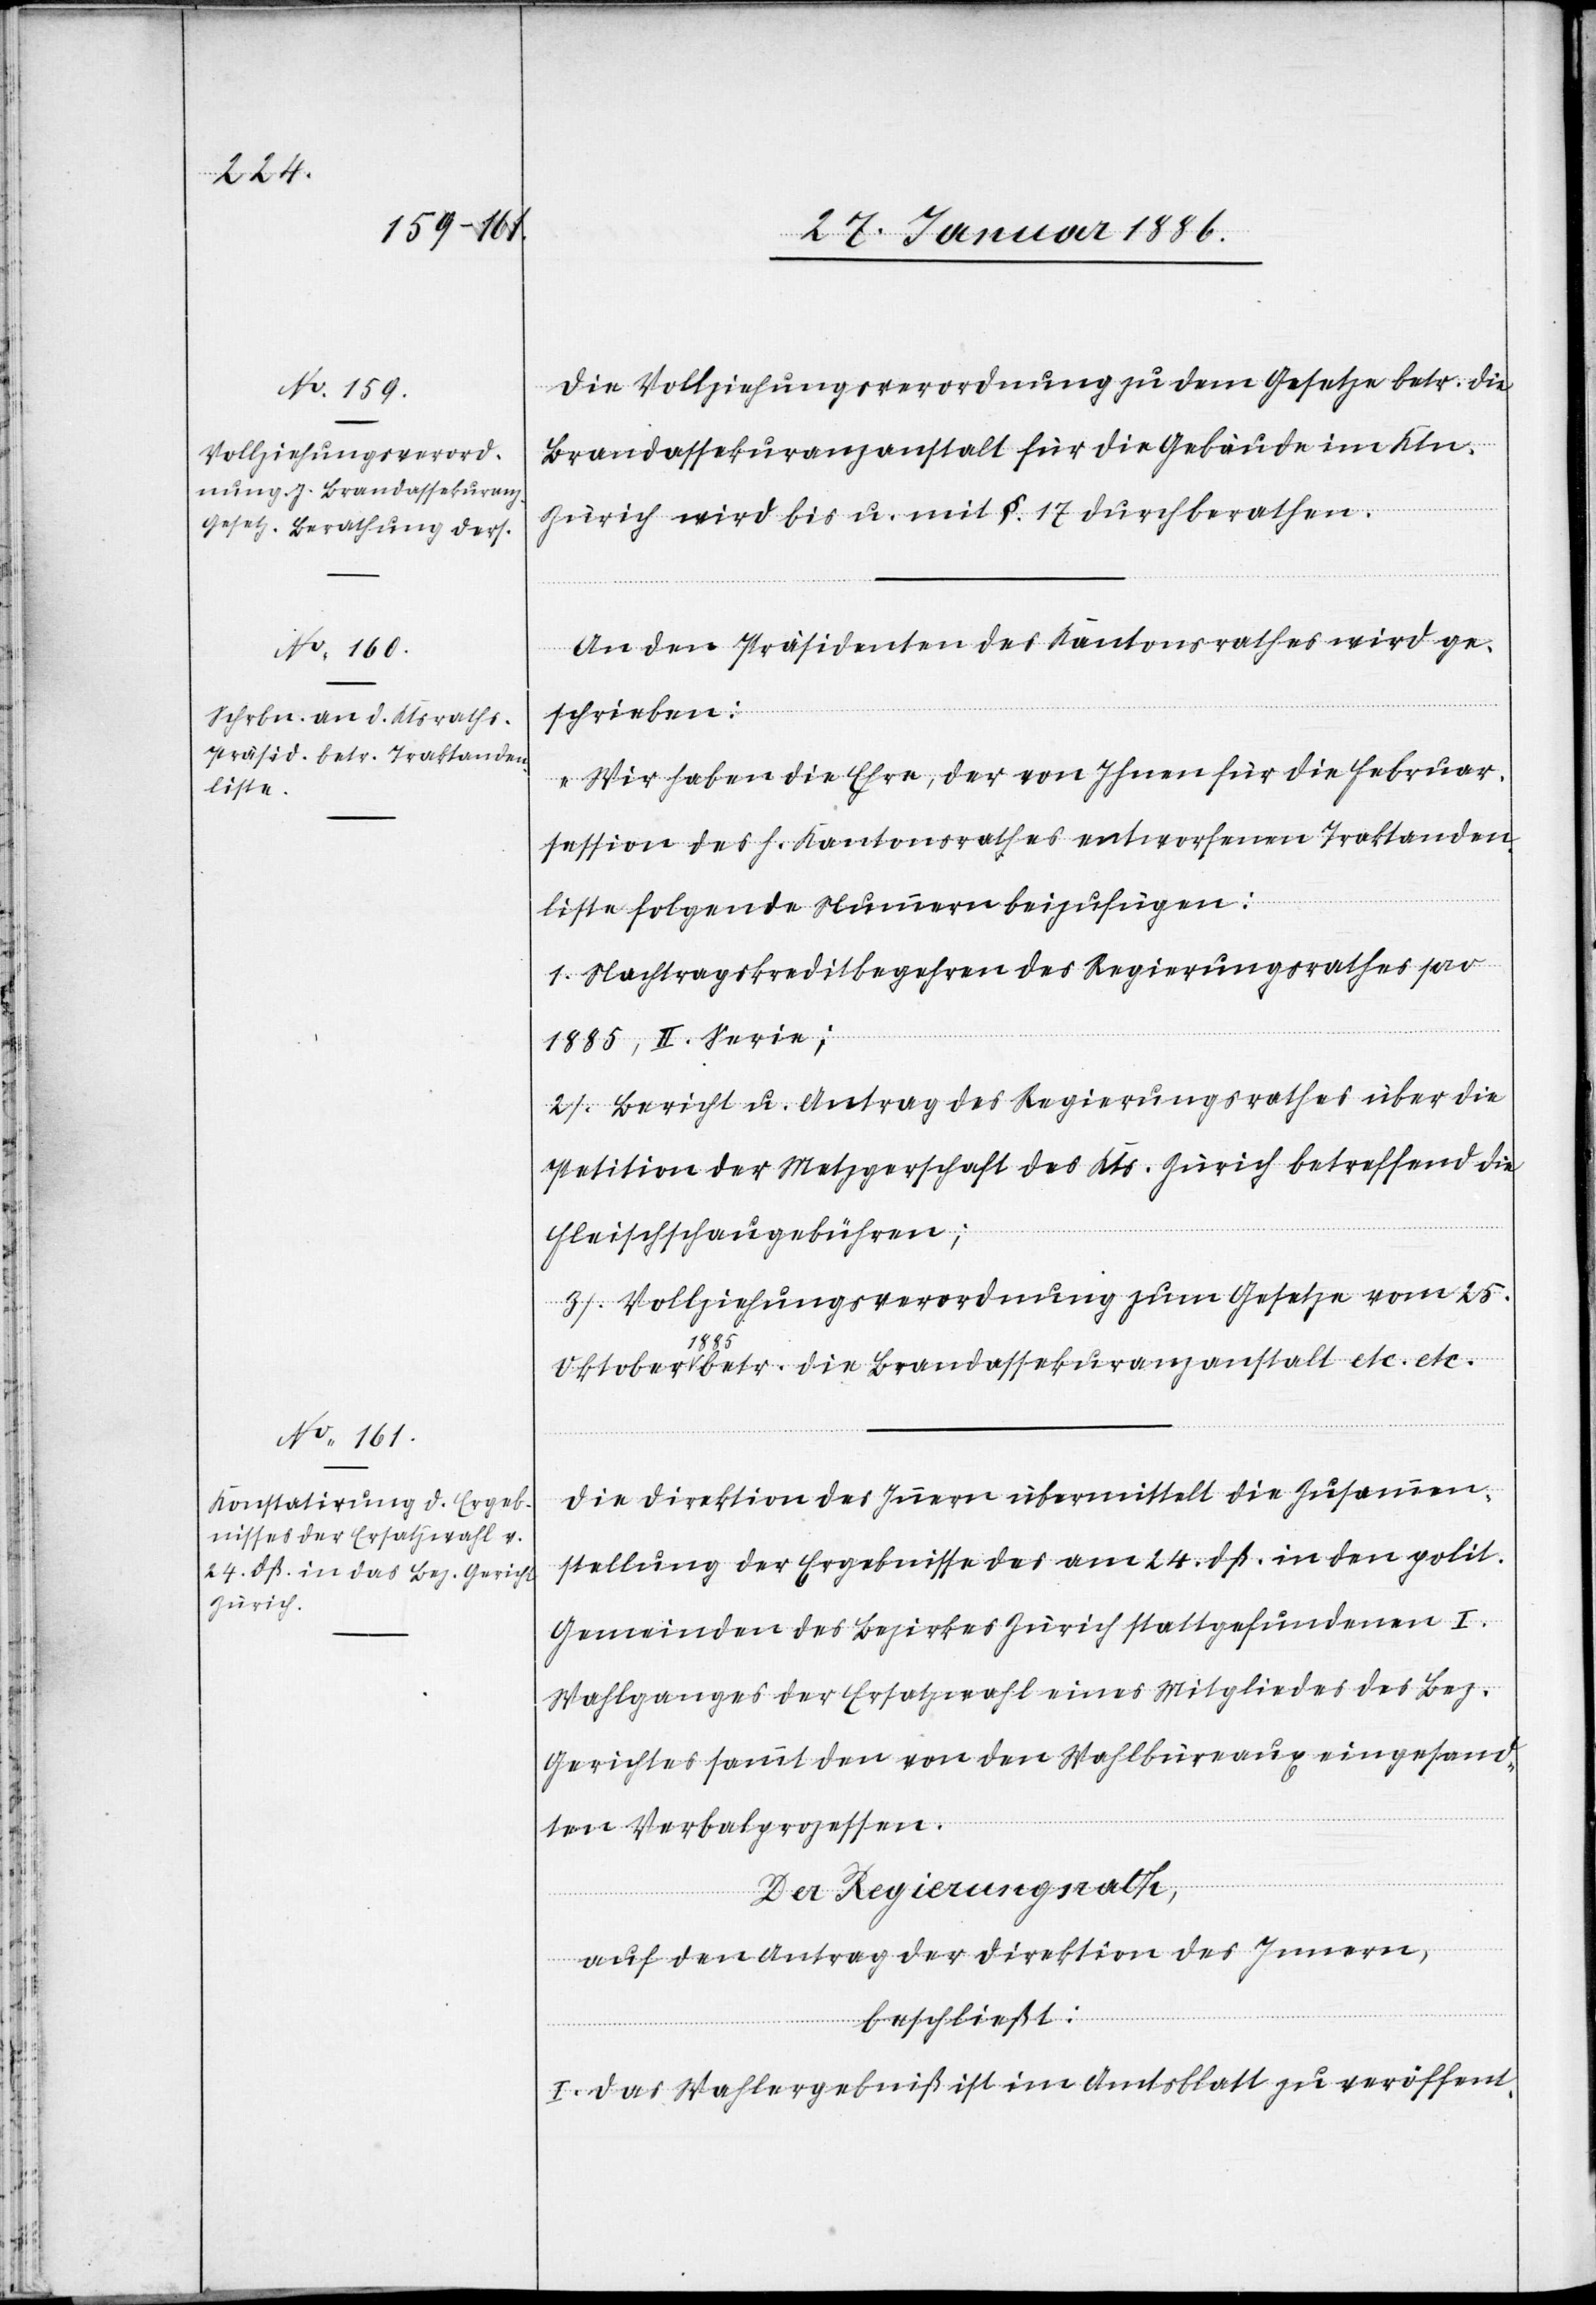
Die Vollziehungsverordnung zu dem Gesetze betr. die
Brandassekuranzanstalt für die Gebäude im Ktn.
Zürich wird bis u. mit §. 17 durchberathen.
An den Präsidenten des Kantonsrathes wird ge¬
schrieben:
„Wir haben die Ehre, der von Ihnen für die Februar¬
session des h. Kantonsrathes entworfene Traktanden¬
liste folgende Nummern beizufügen:
1. Nachtragskreditbegehren des Regierungsrathes pro
1885, II. Serie;
2. Bericht u. Antrag des Regierungsrathes über die
Petition der Metzgerschaft des Kts. Zürich betreffend die
Fleischschaugebühren;
3. Vollziehungsverordnung zum Gesetze vom 25.
Oktober 1885 betr. die Brandassekuranzanstalt etc. etc.“
Die Direktion des Innern übermittelt die Zusammen¬
stellung der Ergebnisse des am 24. dß. in den polit.
Gemeinden des Bezirkes Zürich stattgefundenen I.
Wahlganges der Ersatzwahl eines Mitgliedes des Bez.
Gerichtes sammt den von den Wahlbüreaux eingesand¬
ten Verbalprozesse.
Der Regierungsrath,
auf den Antrag der Direktion des Innern,
beschließt:
I. Das Wahlergebniß ist im Amtsblatt zu veröffent-